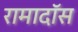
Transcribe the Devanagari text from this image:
रामादॉस